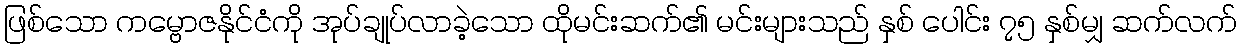
ဖြစ်သော ကမ္ဗောဇနိုင်ငံကို အုပ်ချုပ်လာခဲ့သော ထိုမင်းဆက်၏ မင်းများသည် နှစ် ပေါင်း ၇၅ နှစ်မျှ ဆက်လက်